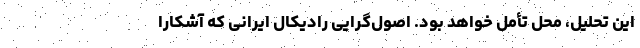
این تحلیل، محل تأمل خواهد بود. اصول‌گرایی رادیکال ایرانی که آشکارا